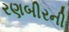
રણબીરની